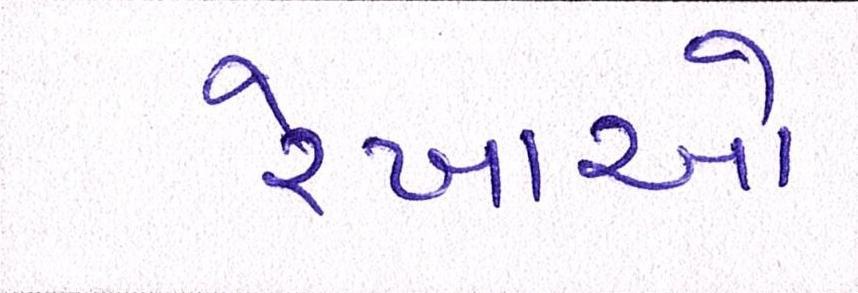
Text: રેખાઓ